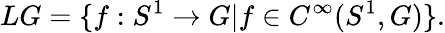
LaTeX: LG=\{ f:S^{1}\rightarrow G|f\in C^{\infty}(S^{1},G)\} .